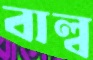
বাল্ব